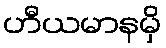
ဟီယမာနမှိ